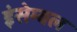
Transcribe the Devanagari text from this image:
इंसेम्बल